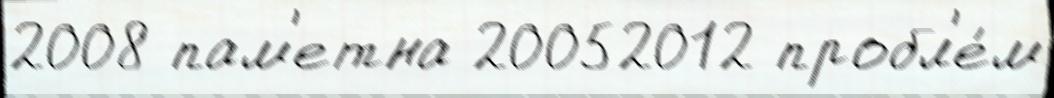
2008 пам'етна 20052012 пробл'е́м